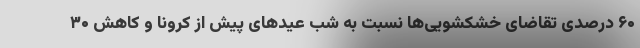
۶۰ درصدی تقاضای خشکشویی‌ها نسبت به شب عیدهای پیش از کرونا و کاهش ۳۰